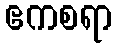
ဧကစရာ